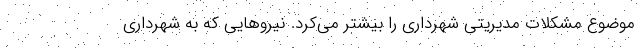
موضوع مشکلات مدیریتی شهرداری را بیشتر می‌کرد. نیروهایی که به شهرداری